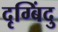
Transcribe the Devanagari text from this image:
दृग्बिंदु